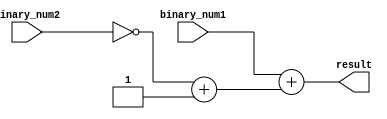
module Structural_Subtractor(
    input [3:0] binary_num1,
    input [3:0] binary_num2,
    output reg [4:0] result
);

// Logic gates for subtraction
wire [3:0] complement;
assign complement = ~binary_num2 + 1;

assign result = binary_num1 + complement;

endmodule